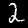
Label: 2